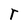
Character: t